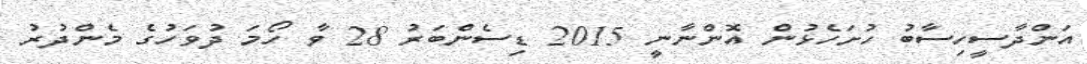
އަންދާސީހިސާބު ހުށަހެޅުން އޮންނާނީ 2015 ޑިސެންބަރު 28 ވާ ހޯމަ ދުވަހުގެ މެންދުރު